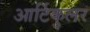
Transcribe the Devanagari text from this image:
आर्टिकुलर